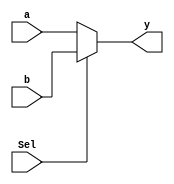
`timescale 1ns / 1ps

module mux_32bit (Sel, a, b, y);

input [31:0] a, b;
input Sel;
output [31:0] y;

assign y = Sel ? b : a;


endmodule